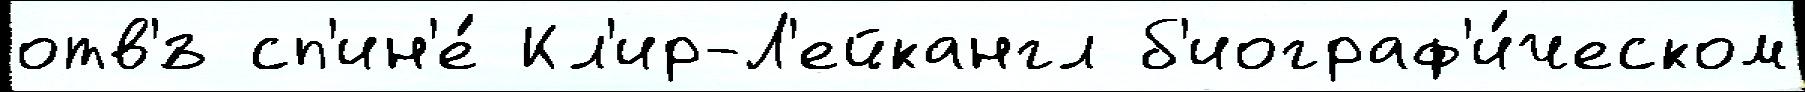
отв'́з сп'ин'е́ Кл'ир-Л'ейкангл б'иограф'и́ческом